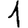
Digit: 1